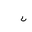
Letter: _non